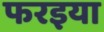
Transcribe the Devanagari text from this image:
फरइया